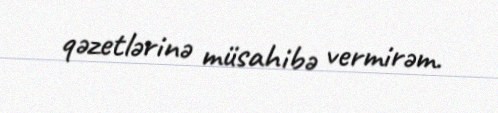
qəzetlərinə müsahibə vermirəm.